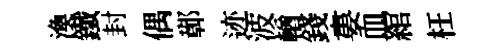
渙鐵封偶鄣迹波輶錢婁血綰枉